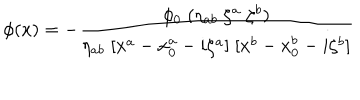
\phi ( x ) = - { \frac { \phi _ { 0 } \; ( \eta _ { a b } \; \zeta ^ { a } \; \zeta ^ { b } ) } { \eta _ { a b } \; [ x ^ { a } - x _ { 0 } ^ { a } - i \zeta ^ { a } ] \; [ x ^ { b } - x _ { 0 } ^ { b } - i \zeta ^ { b } ] } }